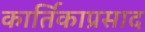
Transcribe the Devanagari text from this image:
कार्तिकाप्रसाद